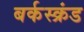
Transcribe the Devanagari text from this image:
बर्कस्क्रंड